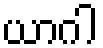
ယာဂါ